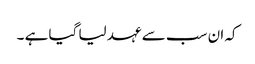
کہ ان سب سے عہد لیا گیا ہے ۔